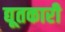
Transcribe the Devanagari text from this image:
द्यूतकारी